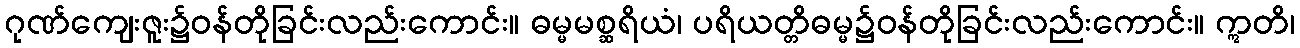
ဂုဏ်ကျေးဇူး၌ဝန်တိုခြင်းလည်းကောင်း။ ဓမ္မမစ္ဆရိယံ၊ ပရိယတ္တိဓမ္မ၌ဝန်တိုခြင်းလည်းကောင်း။ ဣတိ၊